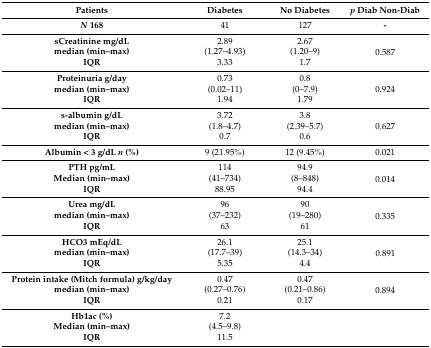
<table><thead><tr><td><b>Patients</b></td><td><b>Diabetes</b></td><td><b>No Diabetes</b></td><td><b><i>p</i> Diab Non-Diab </b></td></tr></thead><tbody><tr><td><b><i>N</i> 168</b></td><td>41</td><td>127</td><td><b>-</b></td></tr><tr><td><b>sCreatinine mg/dL</b></td><td>2.89</td><td>2.67</td><td rowspan="3">0.587</td></tr><tr><td><b>median (min–max)</b></td><td>(1.27–4.93)</td><td>(1.20–9)</td></tr><tr><td><b>IQR</b></td><td>3.33</td><td>1.7</td></tr><tr><td><b>Proteinuria g/day</b></td><td>0.73</td><td>0.8</td><td rowspan="3">0.924</td></tr><tr><td><b>median (min–max)</b></td><td>(0.02–11)</td><td>(0–7.9)</td></tr><tr><td><b>IQR </b></td><td>1.94</td><td>1.79</td></tr><tr><td><b>s-albumin g/dL</b></td><td>3.72</td><td>3.8</td><td rowspan="3">0.627</td></tr><tr><td><b>median (min–max)</b></td><td>(1.8–4.7)</td><td>(2.39–5.7)</td></tr><tr><td><b>IQR</b></td><td>0.7</td><td>0.6</td></tr><tr><td><b>Albumin &lt; 3 g/dL <i>n</i> (%)</b></td><td>9 (21.95%)</td><td>12 (9.45%)</td><td>0.021</td></tr><tr><td><b>PTH pg/mL</b></td><td>114</td><td>94.9</td><td rowspan="3">0.014</td></tr><tr><td><b>Median (min–max)</b></td><td>(41–734)</td><td>(8–848)</td></tr><tr><td><b>IQR</b></td><td>88.95</td><td>94.4</td></tr><tr><td><b>Urea mg/dL</b></td><td>96</td><td>90</td><td rowspan="3">0.335</td></tr><tr><td><b>median (min–max)</b></td><td>(37–232)</td><td>(19–280) </td></tr><tr><td><b>IQR</b></td><td>63</td><td>61</td></tr><tr><td><b>HCO3 mEq/dL</b></td><td>26.1</td><td>25.1</td><td rowspan="3">0.891</td></tr><tr><td><b>median (min–max)</b></td><td>(17.7–39)</td><td>(14.3–34)</td></tr><tr><td><b>IQR</b></td><td>5.35</td><td>4.4</td></tr><tr><td><b>Protein intake (Mitch formula) g/kg/day</b></td><td>0.47</td><td>0.47</td><td rowspan="3">0.894</td></tr><tr><td><b>median (min–max)</b></td><td>(0.27–0.76)</td><td>(0.21–0.86)</td></tr><tr><td><b>IQR</b></td><td>0.21</td><td>0.17</td></tr><tr><td><b>Hb1ac (%)</b></td><td>7.2</td><td rowspan="3"></td><td rowspan="3"></td></tr><tr><td><b>Median (min–max)</b></td><td>(4.5–9.8)</td></tr><tr><td><b>IQR</b></td><td>11.5</td></tr></tbody></table>